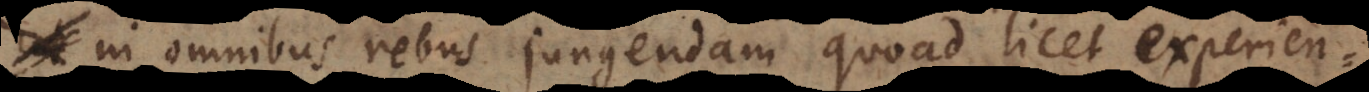
in omnibus rebus jungendam quoad licet experien